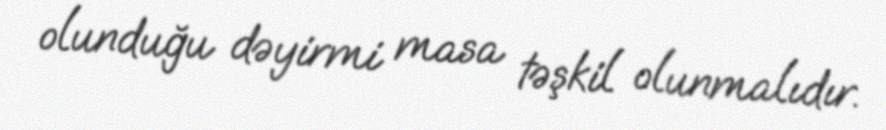
olunduğu dəyirmi masa təşkil olunmalıdır.